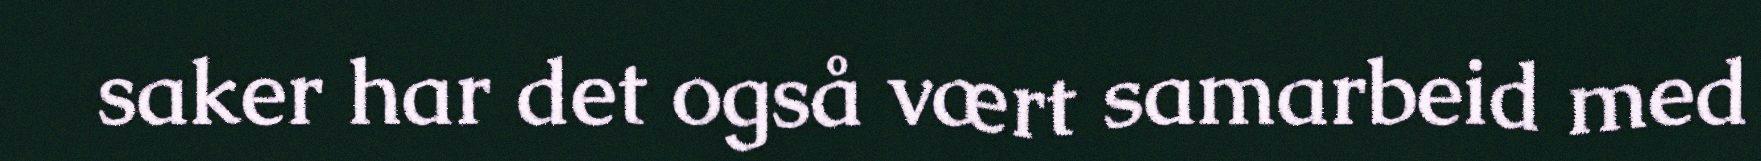
saker har det også vært samarbeid med